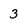
Character: 3